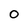
Character: 0